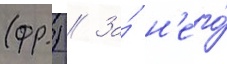
(фр.) // За́ н'его́